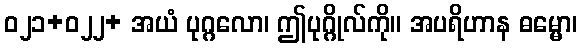
ဝ၂၁+၀၂၂+ အယံ ပုဂ္ဂလော၊ ဤပုဂ္ဂိုလ်ကို။ အပရိဟာန ဓမ္မော၊